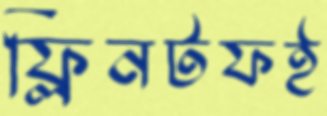
ফ্লিনটফই